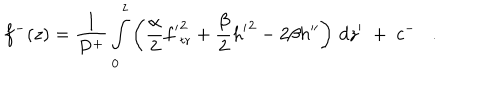
f ^ { - } ( z ) = { \frac { 1 } { P ^ { + } } } \int _ { 0 } ^ { z } \left( { \frac { \alpha } { 2 } } { f ^ { \prime } } _ { \mathrm { t r } } ^ { 2 } + { \frac { \beta } { 2 } } { h ^ { \prime } } ^ { 2 } - 2 \beta h ^ { \prime \prime } \right) \, d z ^ { \prime } \; + \; c ^ { - } .